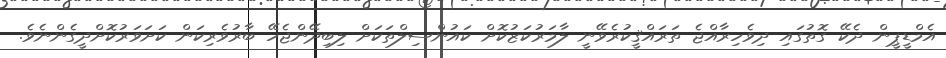
އެމްޑީޕީން ދެކޭ ގޮތުގައި ދިވެހިރާއްޖެ ތަރައްޤީކުރެވޭނީ ލާމަރުކަޒުކޮށް ކައުންސިލްތަކަށް ލިބިދޭންޖެހޭ ބާރުވެރިކަން ކަށަވަރުކޮށްދީގެންނެވެ.